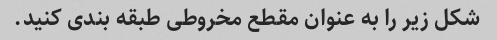
شکل زیر را به عنوان مقطع مخروطی طبقه بندی کنید.